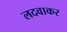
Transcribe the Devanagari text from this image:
लदवाकर